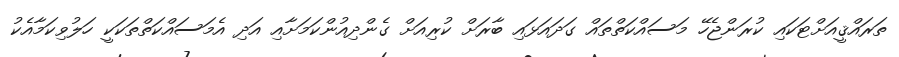
ތަރައްޤީއަށްޓަކައި ކުރަންޖެހޭ މަސައްކަތްތައް ގަދައަޅައި ބާރަށް ކުރިއަށް ގެންދިއުންކަމަށާއި އަދި އެމަސައްކަތްތަކަކީ ހަލުވިކަމާއެކު